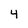
Character: 4